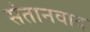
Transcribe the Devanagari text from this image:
संतानवाद